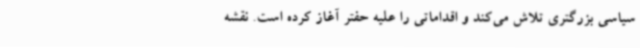
سیاسی بزرگتری تلاش می‌کند و اقداماتی را علیه حفتر آغاز کرده است. نقشه